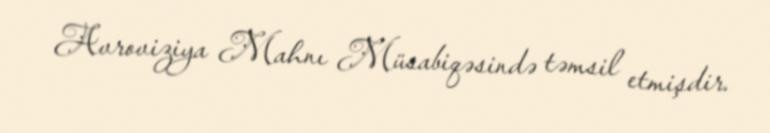
Avroviziya Mahnı Müsabiqəsində təmsil etmişdir.